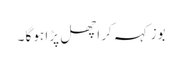
بوز کہہ کر اچھل پڑا ہو گا ۔